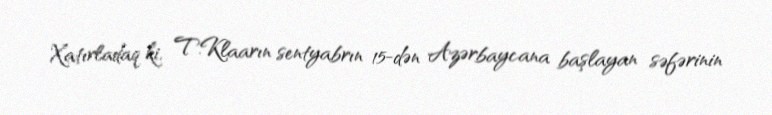
Xatırladaq ki, T.Klaarın sentyabrın 15-dən Azərbaycana başlayan səfərinin